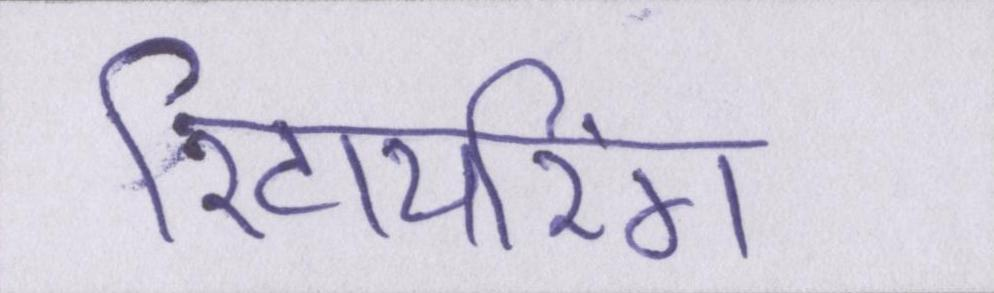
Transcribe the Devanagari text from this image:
रिटायरिंग